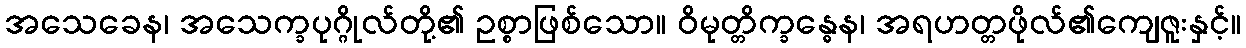
အသေခေန၊ အသေက္ခပုဂ္ဂိုလ်တို့၏ ဥစ္စာဖြစ်သော။ ဝိမုတ္တိက္ခန္ဓေန၊ အရဟတ္တဖိုလ်၏ကျေဇူးနှင့်။